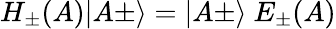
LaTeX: H_{\pm}(A)\vert A\pm\rangle=\vert A\pm\rangle\ E_{\pm}(A)